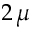
2 \, \mu